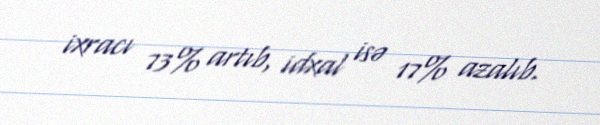
ixracı 73% artıb, idxal isə 17% azalıb.